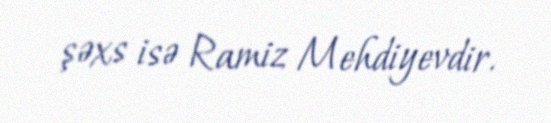
şəxs isə Ramiz Mehdiyevdir.